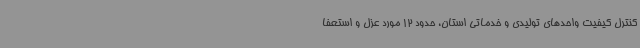
کنترل کیفیت واحدهای تولیدی و خدماتی استان، حدود 12 مورد عزل و استعفا